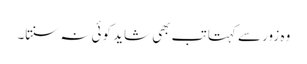
وہ زور سے کہتا تب بھی شاید کوئی نہ سنتا۔